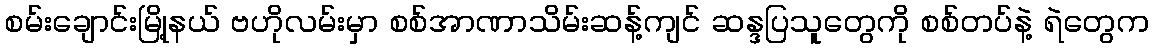
စမ်းချောင်းမြို့နယ် ဗဟိုလမ်းမှာ စစ်အာဏာသိမ်းဆန့်ကျင် ဆန္ဒပြသူတွေကို စစ်တပ်နဲ့ ရဲတွေက